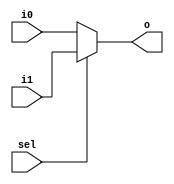
`timescale 1ns/1ps
module two2oneMUX(i0, i1, sel, o);
 input i0, i1, sel;
 output o;
 assign o=(sel==1)?i1:i0;
endmodule
module eight2oneMUX(i0, i1, i2, i3, i4, i5, i6, i7, sel1, sel2, sel3, out);
 input i0, i1, i2, i3, i4, i5, i6, i7, sel1, sel2, sel3;
 output out;
 wire w1, w2, w3, w4, w5, w6, w7;
 two2oneMUX p(i0, i1, sel1, w1);
 two2oneMUX q(i2, i3, sel1, w2);
 two2oneMUX r(i4, i5, sel1, w3);
 two2oneMUX s(i6, i7, sel1, w4);
 two2oneMUX t(w1, w2, sel2, w5);
 two2oneMUX u(w3, w4, sel2, w6);
 two2oneMUX v(w5, w6, sel3, out);
endmodule